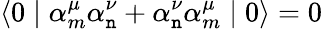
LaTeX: \langle0\mid{\alpha}_{m}^{\mu}{\alpha}_{\mathtt{n}}^{\nu}+{\alpha}_{\mathtt{n}}^{\nu}{\alpha}_{m}^{\mu}\mid0\rangle=0